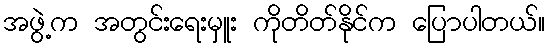
အဖွဲ့က အတွင်းရေးမှူး ကိုတိတ်နိုင်က ပြောပါတယ်။